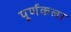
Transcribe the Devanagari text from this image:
पूर्णकला